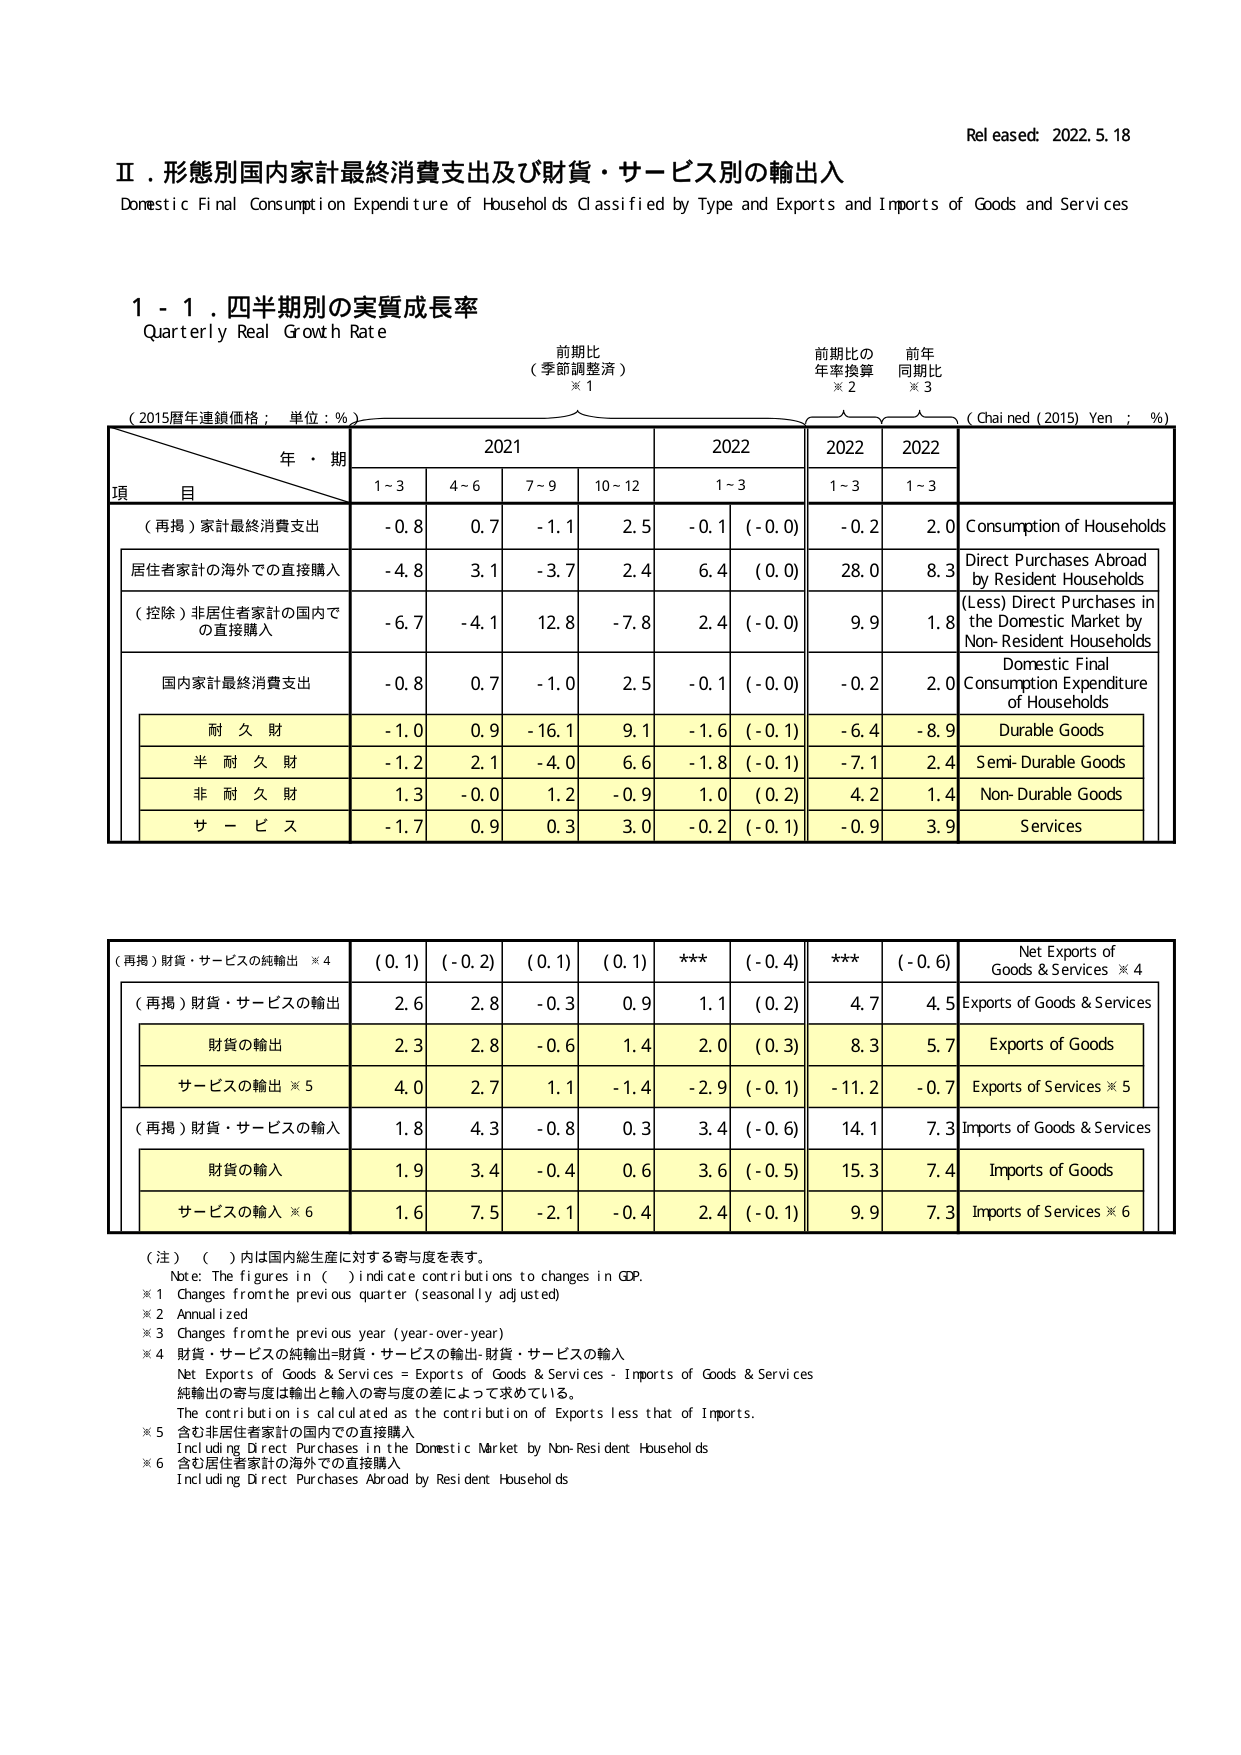
Released: 2022.5.18

Ⅱ．形態別国内家計最終消費支出及び財貨・サービス別の輸出入
Domestic Final Consumption Expenditure of Households Classified by Type and Exports and Imports of Goods and Services

1 - 1．四半期別の実質成長率
Quarterly Real Growth Rate

前期比
（季節調整済）
※1

前期比の
年率換算
※2

前年
同期比
※3

（2015暦年連鎖価格；単位：%）
(Chained (2015) Yen；%)

年・期
項　目
2021
2022
2022
2022

1~3
4~6
7~9
10~12
1~3
1~3
1~3

（再掲）家計最終消費支出
-0.8
0.7
-1.1
2.5
-0.1
(-0.0)
-0.2
2.0
Consumption of Households

居住者家計の海外での直接購入
-4.8
3.1
-3.7
2.4
6.4
(0.0)
28.0
8.3
Direct Purchases Abroad by Resident Households

（控除）非居住者家計の国内での直接購入
-6.7
-4.1
12.8
-7.8
2.4
(-0.0)
9.9
1.8
(Less) Direct Purchases in the Domestic Market by Non-Resident Households

国内家計最終消費支出
-0.8
0.7
-1.0
2.5
-0.1
(-0.0)
-0.2
2.0
Domestic Final Consumption Expenditure of Households

耐久財
-1.0
0.9
-16.1
9.1
-1.6
(-0.1)
-6.4
-8.9
Durable Goods

半耐久財
-1.2
2.1
-4.0
6.6
-1.8
(-0.1)
-7.1
2.4
Semi-Durable Goods

非耐久財
1.3
-0.0
1.2
-0.9
1.0
(0.2)
4.2
1.4
Non-Durable Goods

サービス
-1.7
0.9
0.3
3.0
-0.2
(-0.1)
-0.9
3.9
Services

（再掲）財貨・サービスの純輸出 ※4
(0.1)
(-0.2)
(0.1)
(0.1)
***
(-0.4)
***
(-0.6)
Net Exports of Goods & Services ※4

（再掲）財貨・サービスの輸出
2.6
2.8
-0.3
0.9
1.1
(0.2)
4.7
4.5
Exports of Goods & Services

財貨の輸出
2.3
2.8
-0.6
1.4
2.0
(0.3)
8.3
5.7
Exports of Goods

サービスの輸出 ※5
4.0
2.7
1.1
-1.4
-2.9
(-0.1)
-11.2
-0.7
Exports of Services ※5

（再掲）財貨・サービスの輸入
1.8
4.3
-0.8
0.3
3.4
(-0.6)
14.1
7.3
Imports of Goods & Services

財貨の輸入
1.9
3.4
-0.4
0.6
3.6
(-0.5)
15.3
7.4
Imports of Goods

サービスの輸入 ※6
1.6
7.5
-2.1
-0.4
2.4
(-0.1)
9.9
7.3
Imports of Services ※6

（注）（　）内は国内総生産に対する寄与度を表す。
Note: The figures in (　) indicate contributions to changes in GDP.

※1 Changes from the previous quarter (seasonally adjusted)
※2 Annualized
※3 Changes from the previous year (year-over-year)
※4 財貨・サービスの純輸出=財貨・サービスの輸出-財貨・サービスの輸入
Net Exports of Goods & Services = Exports of Goods & Services - Imports of Goods & Services
純輸出の寄与度は輸出と輸入の寄与度の差によって求めている。
The contribution is calculated as the contribution of Exports less that of Imports.
※5 含む非居住者家計の国内での直接購入
Including Direct Purchases in the Domestic Market by Non-Resident Households
※6 含む居住者家計の海外での直接購入
Including Direct Purchases Abroad by Resident Households